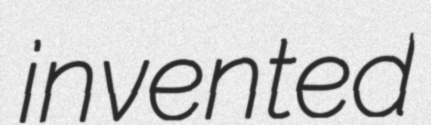
invented